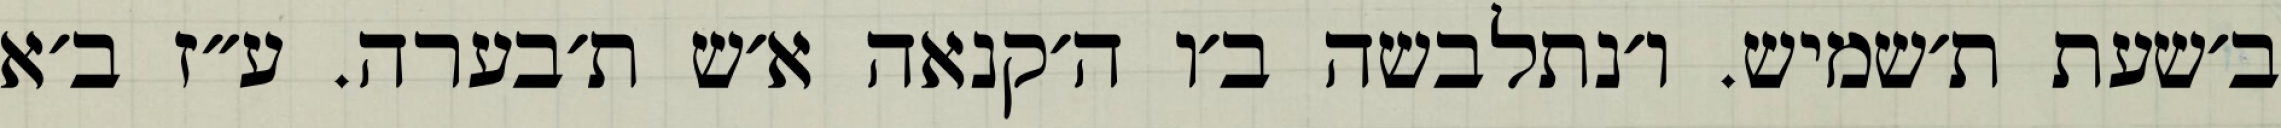
ב׳שעת ת׳שמיש. ו׳נתלבשה ב׳ו ה׳קנאה א׳ש ת׳בערה. ע״ז ב׳א